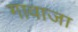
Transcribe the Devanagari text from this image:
गावाजा